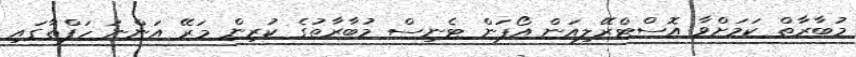
މުބާރާތް ކަމަށްވާ އޮސްޓްރޭލިއަން އޯޕަން ޓެނިސް މުބާރާތުގެ ކުރިން މަރޭ އަންނަ ހަފްތާގައި